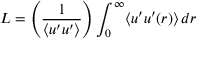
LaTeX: L = \left( { \frac { 1 } { \langle u ^ { \prime } u ^ { \prime } \rangle } } \right) \int _ { 0 } ^ { \infty } \langle u ^ { \prime } u ^ { \prime } ( r ) \rangle \, d r